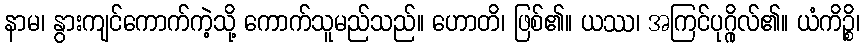
နာမ၊ နွားကျင်ကောက်ကဲ့သို့ ကောက်သူမည်သည်။ ဟောတိ၊ ဖြစ်၏။ ယဿ၊ အကြင်ပုဂ္ဂိုလ်၏။ ယံကိဉ္စိ၊